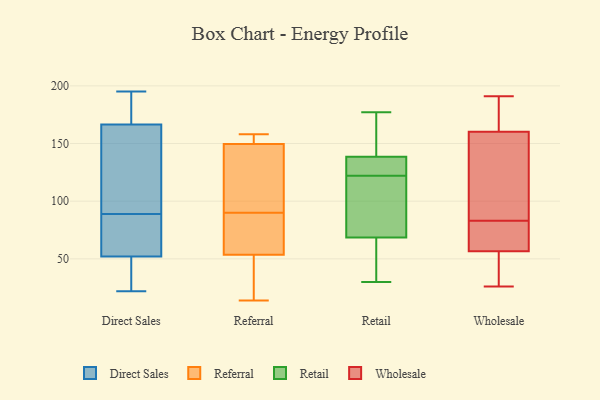
{"axis": {"x": "Energy Usage (MWh)", "y": "Value"}, "legend": ["Direct Sales", "Referral", "Retail", "Wholesale"], "data": [{"x": "", "y": 22, "type": "Direct Sales"}, {"x": "", "y": 181, "type": "Direct Sales"}, {"x": "", "y": 49, "type": "Direct Sales"}, {"x": "", "y": 29, "type": "Direct Sales"}, {"x": "", "y": 89, "type": "Direct Sales"}, {"x": "", "y": 64, "type": "Direct Sales"}, {"x": "", "y": 195, "type": "Direct Sales"}, {"x": "", "y": 66, "type": "Direct Sales"}, {"x": "", "y": 89, "type": "Direct Sales"}, {"x": "", "y": 164, "type": "Direct Sales"}, {"x": "", "y": 53, "type": "Direct Sales"}, {"x": "", "y": 174, "type": "Direct Sales"}, {"x": "", "y": 130, "type": "Direct Sales"}, {"x": "", "y": 53, "type": "Referral"}, {"x": "", "y": 46, "type": "Referral"}, {"x": "", "y": 95, "type": "Referral"}, {"x": "", "y": 154, "type": "Referral"}, {"x": "", "y": 142, "type": "Referral"}, {"x": "", "y": 90, "type": "Referral"}, {"x": "", "y": 37, "type": "Referral"}, {"x": "", "y": 158, "type": "Referral"}, {"x": "", "y": 132, "type": "Referral"}, {"x": "", "y": 14, "type": "Referral"}, {"x": "", "y": 65, "type": "Referral"}, {"x": "", "y": 153, "type": "Referral"}, {"x": "", "y": 152, "type": "Referral"}, {"x": "", "y": 55, "type": "Referral"}, {"x": "", "y": 59, "type": "Referral"}, {"x": "", "y": 30, "type": "Retail"}, {"x": "", "y": 126, "type": "Retail"}, {"x": "", "y": 55, "type": "Retail"}, {"x": "", "y": 125, "type": "Retail"}, {"x": "", "y": 140, "type": "Retail"}, {"x": "", "y": 92, "type": "Retail"}, {"x": "", "y": 137, "type": "Retail"}, {"x": "", "y": 152, "type": "Retail"}, {"x": "", "y": 177, "type": "Retail"}, {"x": "", "y": 119, "type": "Retail"}, {"x": "", "y": 61, "type": "Retail"}, {"x": "", "y": 76, "type": "Retail"}, {"x": "", "y": 92, "type": "Wholesale"}, {"x": "", "y": 31, "type": "Wholesale"}, {"x": "", "y": 146, "type": "Wholesale"}, {"x": "", "y": 56, "type": "Wholesale"}, {"x": "", "y": 58, "type": "Wholesale"}, {"x": "", "y": 99, "type": "Wholesale"}, {"x": "", "y": 70, "type": "Wholesale"}, {"x": "", "y": 173, "type": "Wholesale"}, {"x": "", "y": 191, "type": "Wholesale"}, {"x": "", "y": 26, "type": "Wholesale"}, {"x": "", "y": 165, "type": "Wholesale"}, {"x": "", "y": 171, "type": "Wholesale"}, {"x": "", "y": 83, "type": "Wholesale"}, {"x": "", "y": 40, "type": "Wholesale"}, {"x": "", "y": 60, "type": "Wholesale"}]}